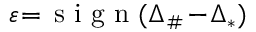
\varepsilon \! = \! \mathrm { ~ s ~ i ~ g ~ n ~ } ( \Delta _ { \# } \! - \! \Delta _ { * } )